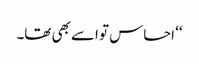
‘‘ احساس تو اسے بھی تھا۔